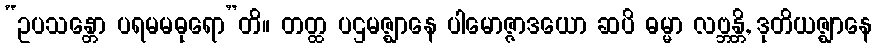
“ဥပသန္တော ပရမမဓုရော”တိ။ တတ္ထ ပဌမဇ္ဈာနေ ပါမောဇ္ဇာဒယော ဆပိ ဓမ္မာ လဗ္ဘန္တိ, ဒုတိယဇ္ဈာနေ